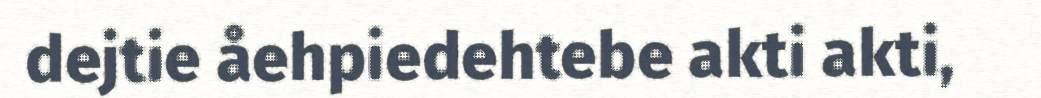
dejtie åehpiedehtebe akti akti,